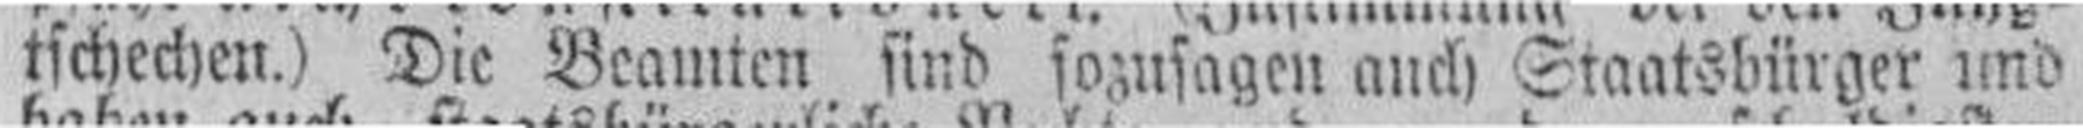
tschechen.) Die Beamten sind sozusagen auch Staatsbürger und